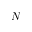
N